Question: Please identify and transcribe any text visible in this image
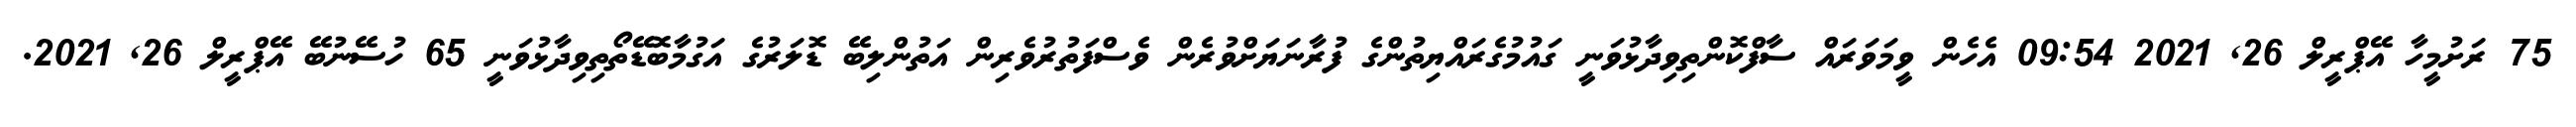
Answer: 75 ރަށުމީހާ އޭޕްރީލް 26, 2021 09:54 އެހެން ވީމަވަރައް ސާފްކޮންތިވިދާޅުވަނީ ގައުމުގެރައްޔިތުންގެ ފުރާނަޔަށްވުރެން ވެސްފަތުރުވެރިން އަތުންލިބޭ ޑޮލަރުގެ އަގުމާބޮޑޭތޯތިވިދާޅުވަނީ 65 ހުސޭނުބޭ އޭޕްރީލް 26, 2021.